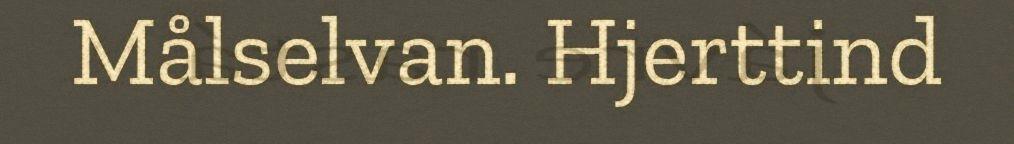
Målselvan. Hjerttind